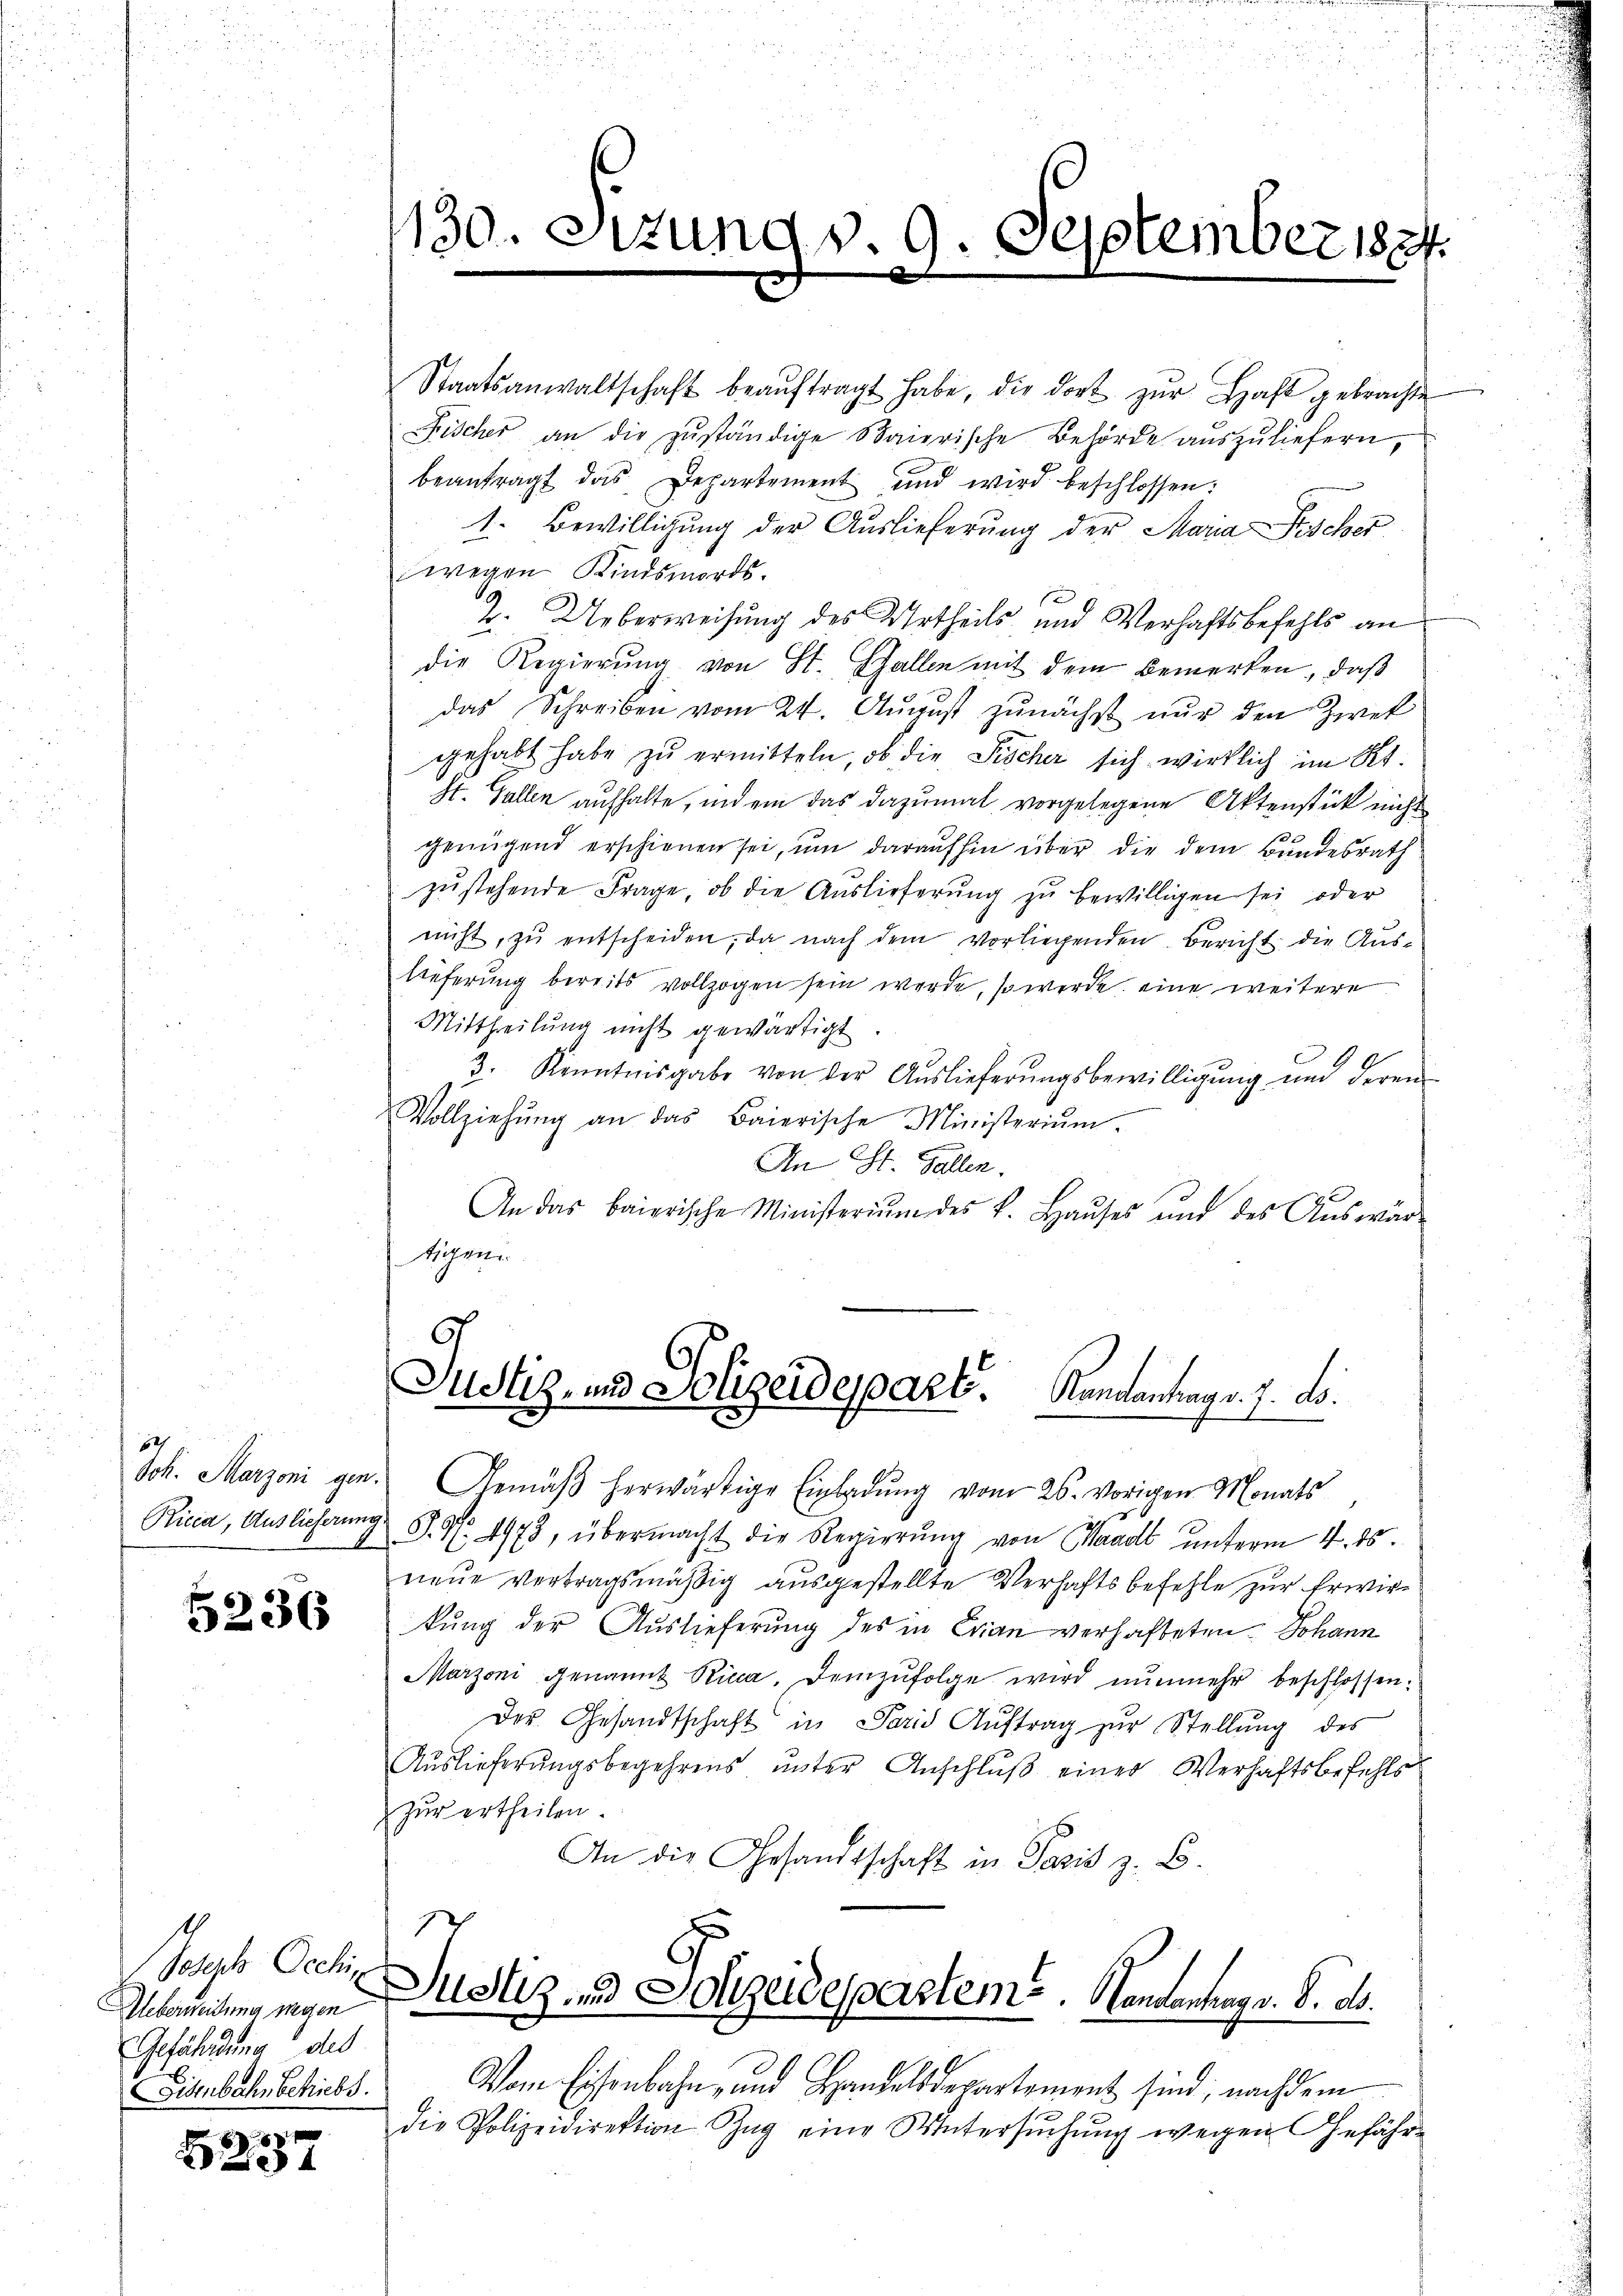
82

5236

Joseph Occhin
Ueberweisung wegen
Gefährdung des
Sitzubahn betriebs

8

130.

1. v. 9. September 1834.
e
x

Staatsanwaltschaft beaŭftragt habe, die dort zŭr Haft gebrachte
Fischer an die zŭständige Baierische Behörde aŭszŭliefern,
beantragt das Departement und wird beschlossen:
1. Bewilligung der Auslieferung der Maria Fischer
wegen Kindsmords.
2. Ueberweisung des Urtheils und Verhaftsbefehls an
die Regierung von St. Gallen mit dem Bemerken, daß
das Schreiben vom 24. August zunächst nur den Zwek
gehabt habe zu ermitteln, ob die Fischer sich wirklich im Kt.
St. Gallen aufhalte, indem das dazumal vorgelegene Aktenstück nicht
genügend erschienen sei, um daraufhin über die dem Bundesrath
zŭstehende Frage, ob die Auslieferung zu bewilligen sei oder
nicht zŭ entscheiden, da nach dem vorliegenden Bericht die Aus-
Referung bereits vollzogen sein werde, so werde eine weitere
Mittheilung nicht gewärtigt
3. Kenntnisgabe von der Auslieferungsbewilligung und deren
Vollziehŭng an das Baierische Ministerium.
An St. Gallen.
An das baierische Ministerium des k. Haŭses und des Aŭswär-
tigen

C
Justiz- und Polizeidespart. Mandantrag v. 7. ds.

Joh. Marzoni gen. Gemäβ herwärtige Einladŭng vom 26. vorigen Monats
e
Ricca, Auslieferung P. Nr. 4973, übermacht die Regierŭng von Waadt unterm 4. ds.
neue vertragsmäßig ausgestellte Verhaftsbefehle zur Erwirkung der Auslieferung des in Erian verhalteten Johann
Marzoni genannt Ricca. Demzŭfolge wird nŭnmehr beschlossen:
Des Gesandtschaft in Paris Aŭftrag zŭr Stellŭng des
Auslieferungsbegehrens unter Anschluß einer Verhaftsbefehls
Zur ertheilen.
An die Gesandtschaft in Pasis z. B.
Ich
Justiz und Scheidepartem andantrag v. 8. ds.
Vom Eisenbahn, und Handelsdepartement sind, nachdem
die Polizeidirektion Zŭg eine Untersŭchŭng wegen Gefähr¬